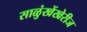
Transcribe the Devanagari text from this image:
साळुंखेंखेरीज